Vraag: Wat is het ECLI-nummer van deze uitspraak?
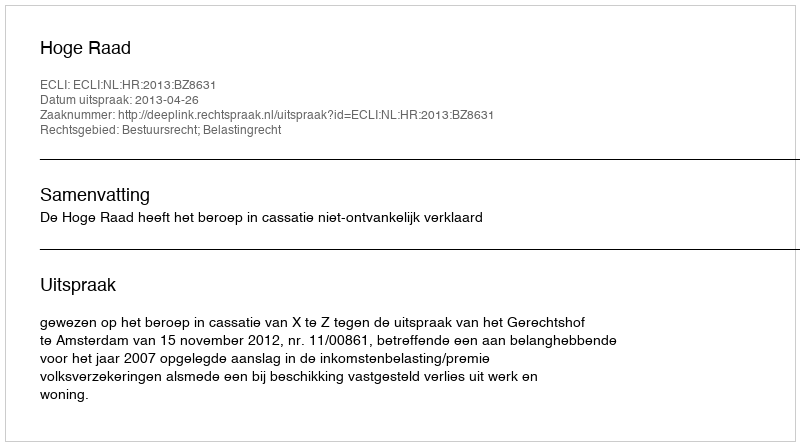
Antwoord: ECLI:NL:HR:2013:BZ8631